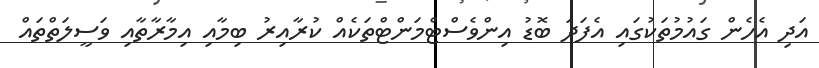
އަދި އެހެން ގައުމުތަކުގައި އެފަދަ ބޮޑު އިންވެސްޓްމަންޓްތަކެއް ކުރާއިރު ބިމާއި އިމާރާތާއި ވަސީލަތްތައް